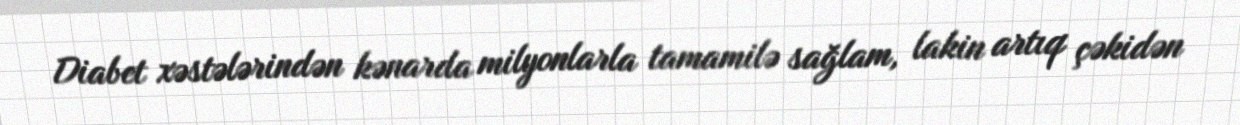
Diabet xəstələrindən kənarda milyonlarla tamamilə sağlam, lakin artıq çəkidən